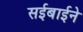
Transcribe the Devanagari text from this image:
सईबाईने